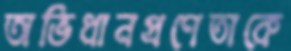
অভিধানপ্রণেতাকে